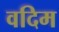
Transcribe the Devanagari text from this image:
वदिम